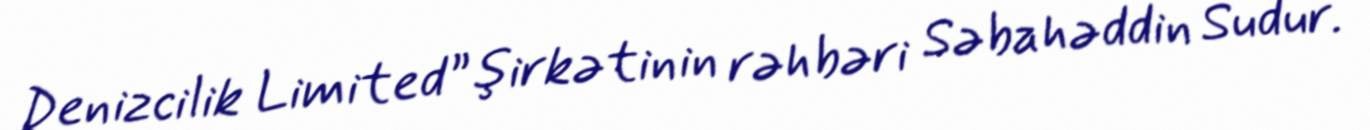
Denizcilik Limited” şirkətinin rəhbəri Səbahəddin Sudur.